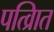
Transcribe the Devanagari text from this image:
पत्व्राित